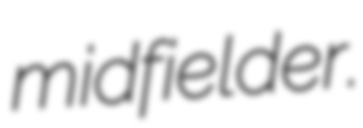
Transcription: midfielder.